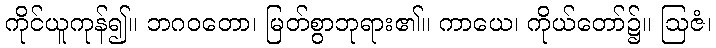
ကိုင်ယူကုန်၍။ ဘဂဝတော၊ မြတ်စွာဘုရား၏။ ကာယေ၊ ကိုယ်တော်၌။ ဩဇံ၊